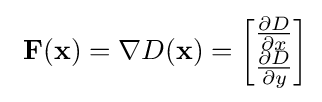
\ \mathbf {F} (\mathbf {x} )=\nabla D(\mathbf {x} )={\begin{bmatrix}{\frac {\partial D}{\partial x}}\\{\frac {\partial D}{\partial y}}\end{bmatrix}}